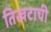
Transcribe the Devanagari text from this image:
तिखटाची